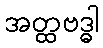
အတ္ထဗဒ္ဓါ